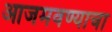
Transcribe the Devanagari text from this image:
आजमवण्याचा